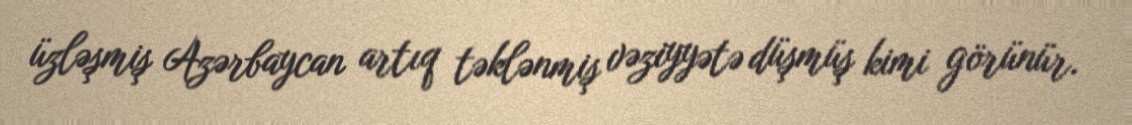
üzləşmiş Azərbaycan artıq təklənmiş vəziyyətə düşmüş kimi görünür.